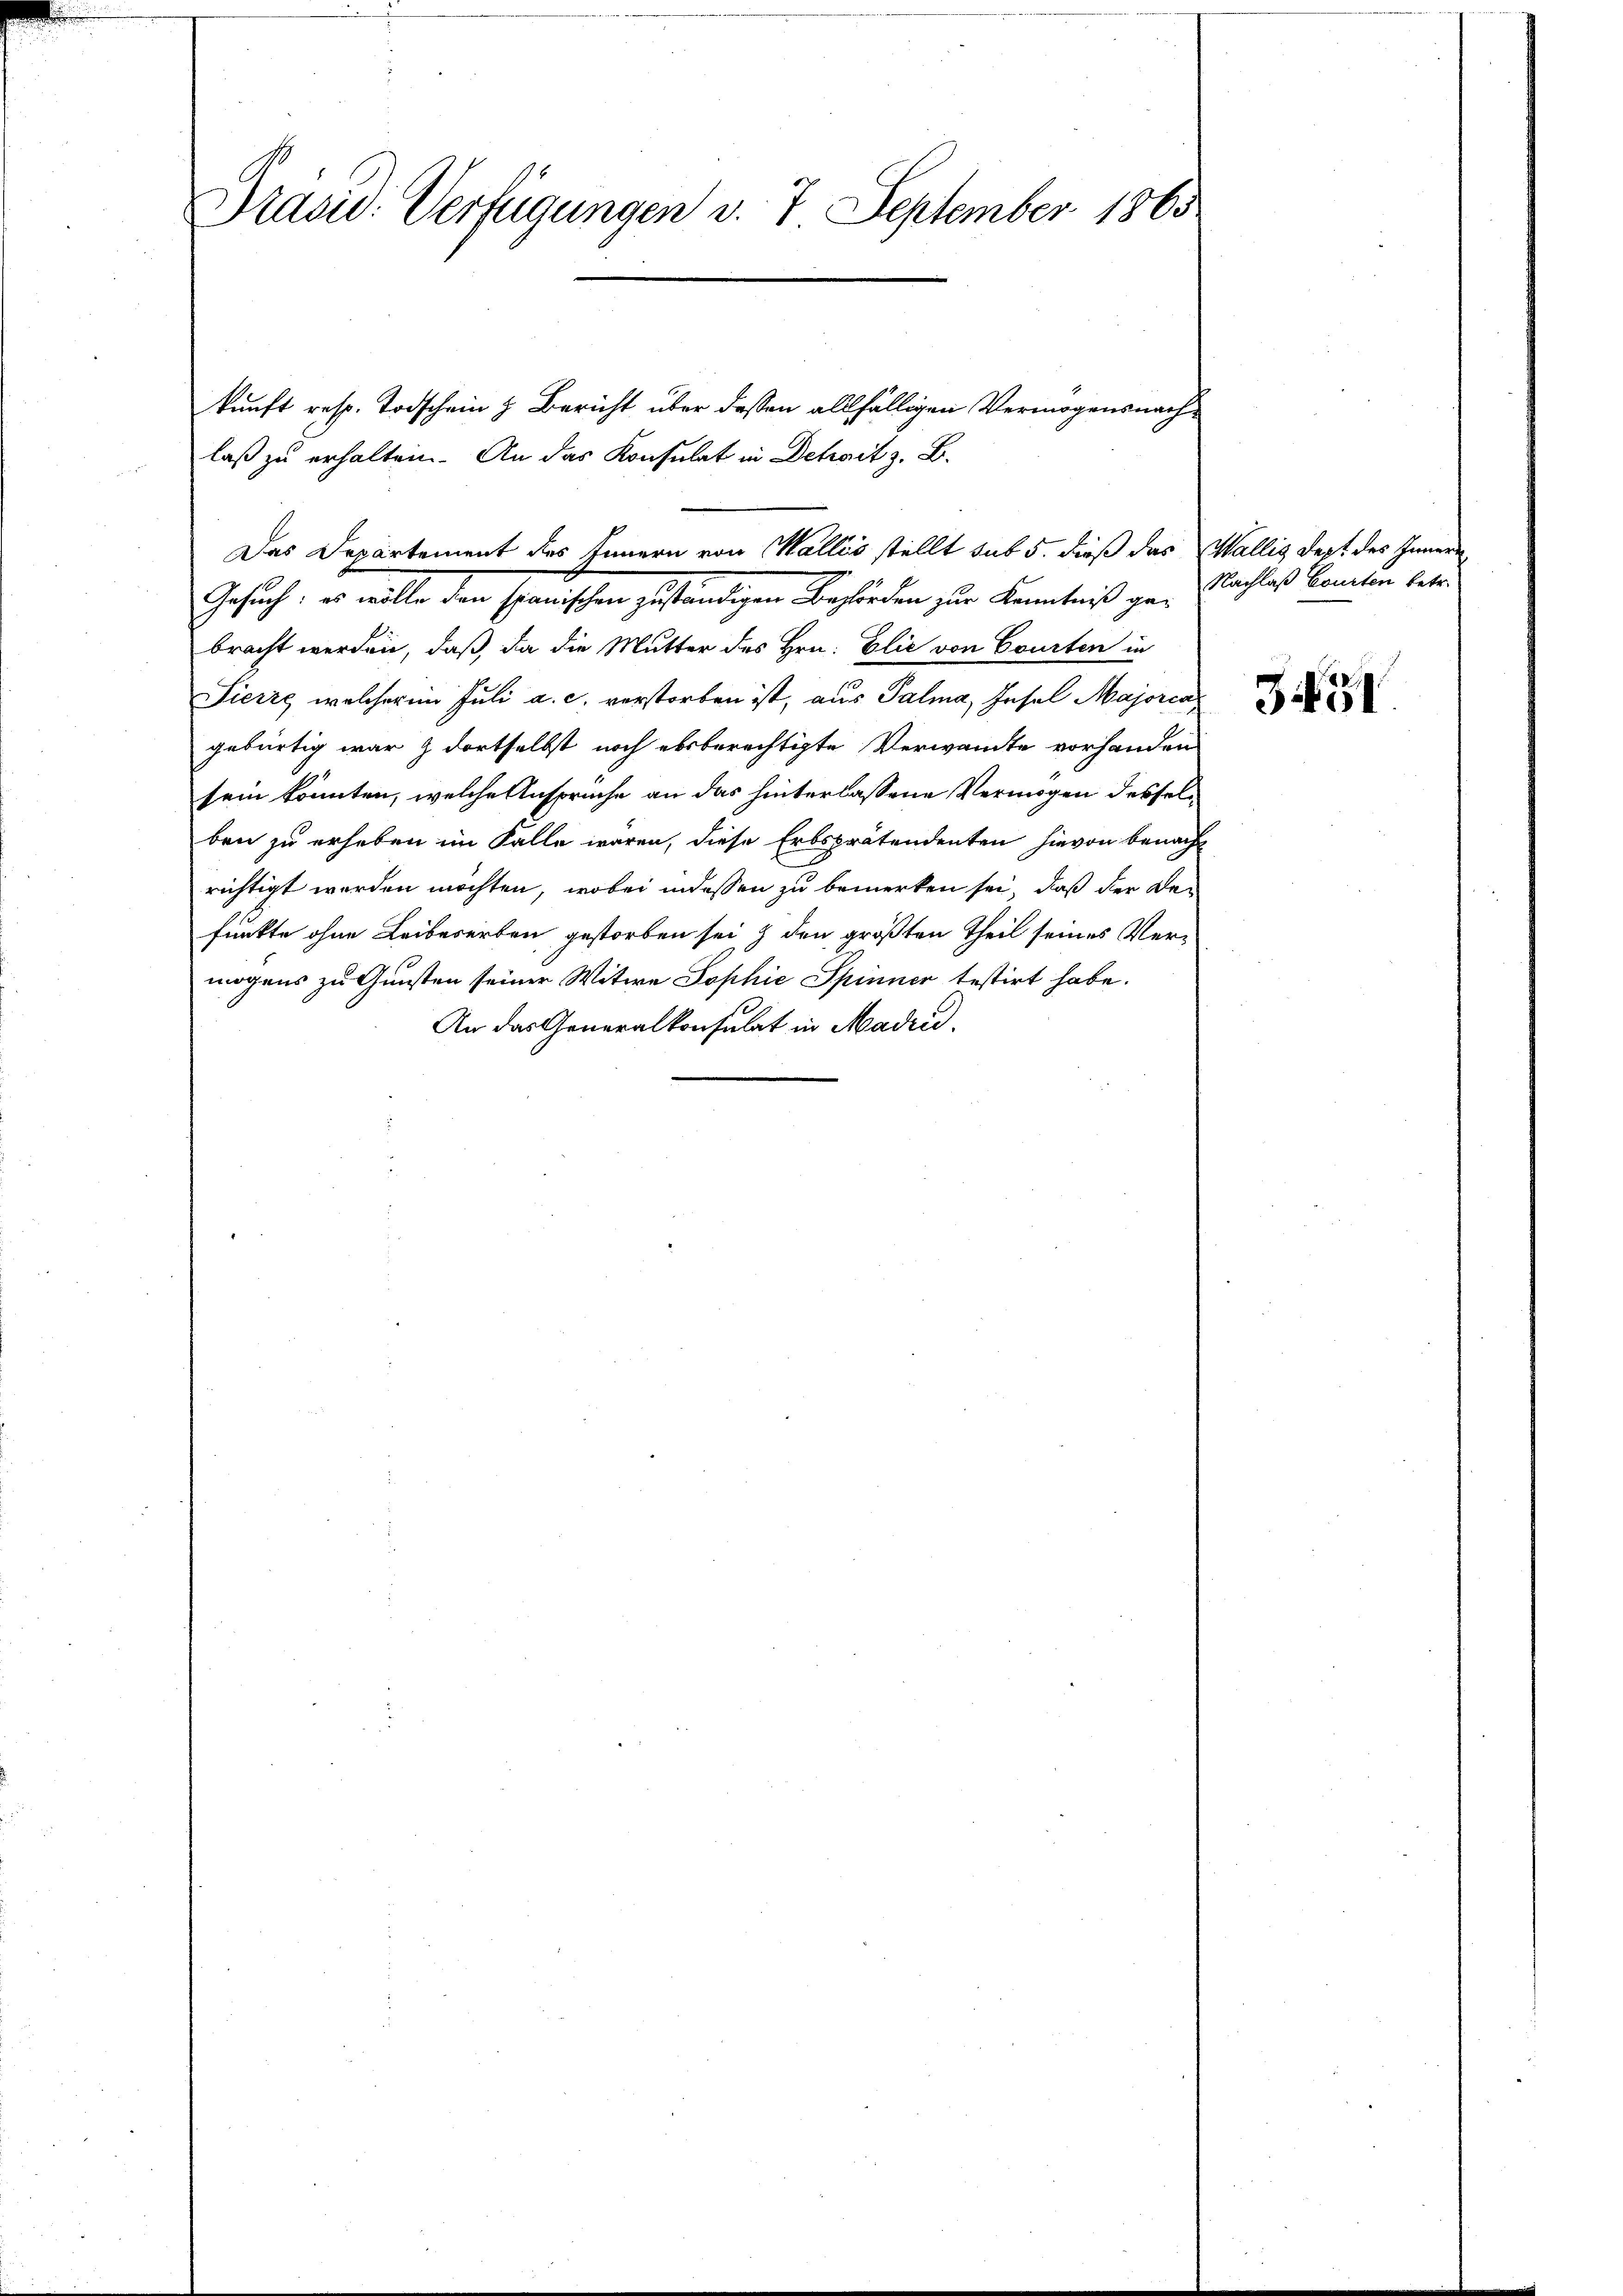
Präsid: Verfügungen v. 7 September 1865

kunft resp. Todschein z. Bericht über dessen allfälligen Vermögensnachlaß zu erhalten. An das Konsulat in Dehait z. B.
Gesuch, es wille den Schanischen geständigen Behörden sie Kenntniß gebracht werden, daß, da die Mutter des Hrn. Elie von Courten in
Fierze, welcher im Juli a. c. verstorben ist, aus Palma, Insel Majorca
gebürtig war z dortselbst noch absberechtigte Verwandte vorhanden
sein könnten, welche Ansprüche an das hinterlassene Vermögen desselben zu erheben im Falle waren, diese Erbsprätendenten hievon benacht
richtigt werden möchten, wobei indessen zu bemerken sei, daß der Be-
funkte ohne Leibeserben gestorben sei & den größten Theil seines Vermögens zu Gunsten seiner Witwe Sophie Spinner testirt habe.
An das Generalkonsulat in Madrid.

Das Departement des Innern von Wallis stellt sub 5. dieß das Wallis dept des Innern

Nachlaß Courten betr.

345